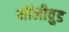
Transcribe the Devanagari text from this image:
मॉलीवुड